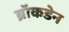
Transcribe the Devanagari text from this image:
ब्रॉकडेन